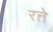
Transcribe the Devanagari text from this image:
रत्ते